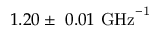
1 . 2 0 \pm ~ 0 . 0 1 ~ \mathrm { { G H z } ^ { - 1 } }